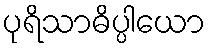
ပုရိသာဓိပ္ပါယော